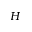
H